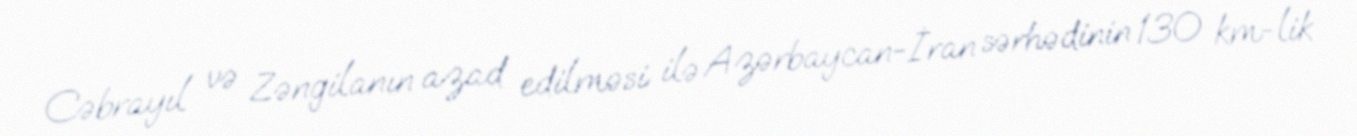
Cəbrayıl və Zəngilanın azad edilməsi ilə Azərbaycan-İran sərhədinin 130 km-lik